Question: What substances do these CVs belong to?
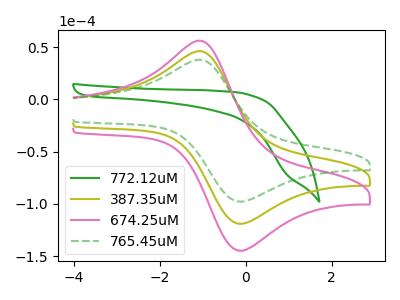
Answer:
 <answer>The green curve is labeled "772.12uM". The olive curve is labeled "387.35uM". The pink curve is labeled "674.25uM". The green dashed curve is labeled "765.45uM".</answer>
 <eval></eval>